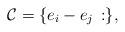
\begin{align*}\mathcal{C}=\{e_i-e_j\,:\},\end{align*}